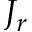
J _ { r }